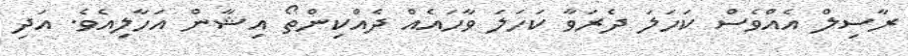
ރާސިލް އެއްވެސް ކަހަލަ ދެރަވާ ކަހަލަ ވާހައެއް ދެއްކިންތޯ އިޝާން އަހާލިއެވެ. އަދި